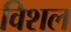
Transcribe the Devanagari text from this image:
विशल